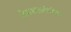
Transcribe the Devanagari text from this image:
जैवसाखळीतील